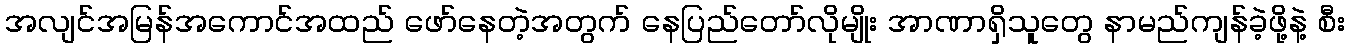
အလျင်အမြန်အကောင်အထည် ဖော်နေတဲ့အတွက် နေပြည်တော်လိုမျိုး အာဏာရှိသူတွေ နာမည်ကျန်ခဲ့ဖို့နဲ့ စီး